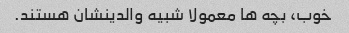
خوب، بچه ها معمولا شبیه والدینشان هستند.